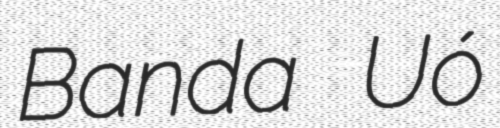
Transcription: Banda Uó